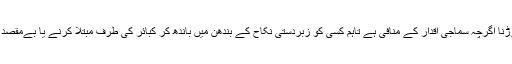
حاصلِ کلام یہ ہے کہ منگنی یا نکاح کا وعدہ توڑنا اگرچہ سماجی اقدار کے منافی ہے تاہم کسی کو زبردستی نکاح کے بندھن میں باندھ کر کبائر کی طرف مبتلا کرنے یا بےمقصد ازدواجی زندگی گزارنے سے بہرحال بہتر ہے۔